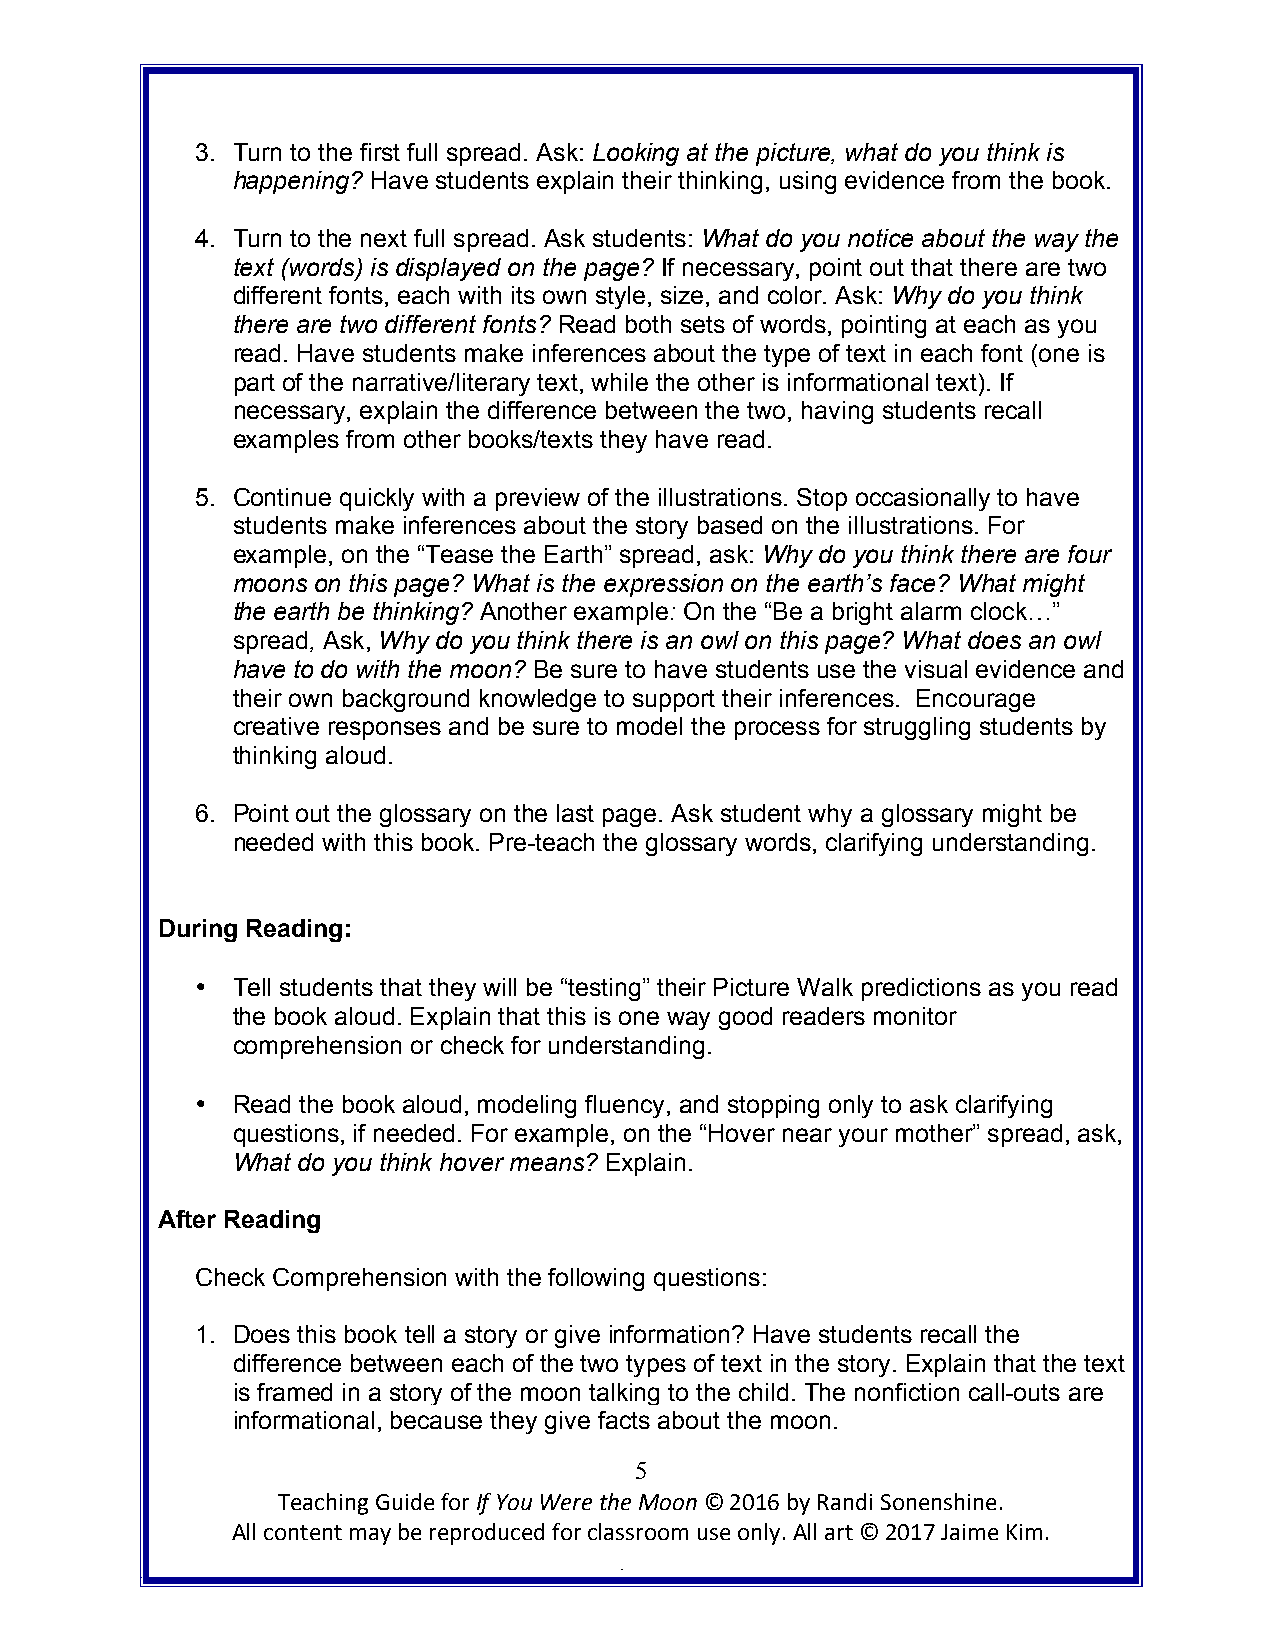
3. Turn to the first full spread. Ask: Looking at the picture, what do you think is
 happening? Have students explain their thinking, using evidence from the book.
 4. Turn to the next full spread. Ask students: What do you notice about the way the
 text (words) is displayed on the page? If necessary, point out that there are two
 different fonts, each with its own style, size, and color. Ask: Why do you think
 there are two different fonts? Read both sets of words, pointing at each as you
 read. Have students make inferences about the type of text in each font (one is
 part of the narrative/literary text, while the other is informational text). If
 necessary, explain the difference between the two, having students recall
 examples from other books/texts they have read.
 5. Continue quickly with a preview of the illustrations. Stop occasionally to have
 students make inferences about the story based on the illustrations. For
 example, on the “Tease the Earth” spread, ask: Why do you think there are four
 moons on this page? What is the expression on the earth’s face? What might
 the earth be thinking? Another example: On the “Be a bright alarm clock…”
 spread, Ask, Why do you think there is an owl on this page? What does an owl
 have to do with the moon? Be sure to have students use the visual evidence and
 their own background knowledge to support their inferences. Encourage
 creative responses and be sure to model the process for struggling students by
 thinking aloud.
 6. Point out the glossary on the last page. Ask student why a glossary might be
 needed with this book. Pre-teach the glossary words, clarifying understanding.
 During Reading:
 • Tell students that they will be “testing” their Picture Walk predictions as you read
 the book aloud. Explain that this is one way good readers monitor
 comprehension or check for understanding.
 • Read the book aloud, modeling fluency, and stopping only to ask clarifying
 questions, if needed. For example, on the “Hover near your mother” spread, ask,
 What do you think hover means? Explain.
 After Reading
 Check Comprehension with the following questions:
 1. Does this book tell a story or give information? Have students recall the
 difference between each of the two types of text in the story. Explain that the text
 is framed in a story of the moon talking to the child. The nonfiction call-outs are
 informational, because they give facts about the moon.
 5
 Teaching Guide for If You Were the Moon © 2016 by Randi Sonenshine.
 All content may be reproduced for classroom use only. All art © 2017 Jaime Kim.
 .